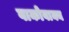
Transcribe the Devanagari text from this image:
वाकोवाक्य